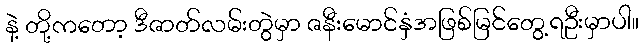
နဲ့ တို့ကတော့ ဒီဇာတ်လမ်းတွဲမှာ ဇနီးမောင်နှံအဖြစ်မြင်တွေ့ရဦးမှာပါ။